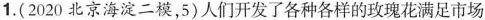
1.(2020北京海淀二模，5)人们开发了各种各样的玫瑰花满足市场